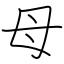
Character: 母